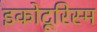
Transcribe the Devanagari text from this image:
इकोटूरिस्म